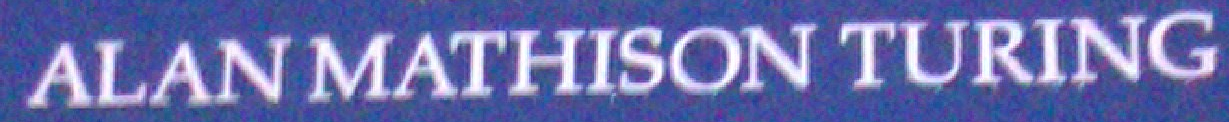
ALANMATHISONTURING